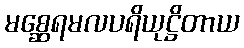
မစ္ဆေရမလပရိယုဋ္ဌိတာယ